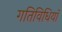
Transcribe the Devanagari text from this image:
गतिविधियॉं